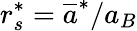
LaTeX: r_{s}^{*}=\overline{{a}}^{*}/{a_{B}}